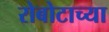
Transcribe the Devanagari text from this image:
रोबोटाच्या